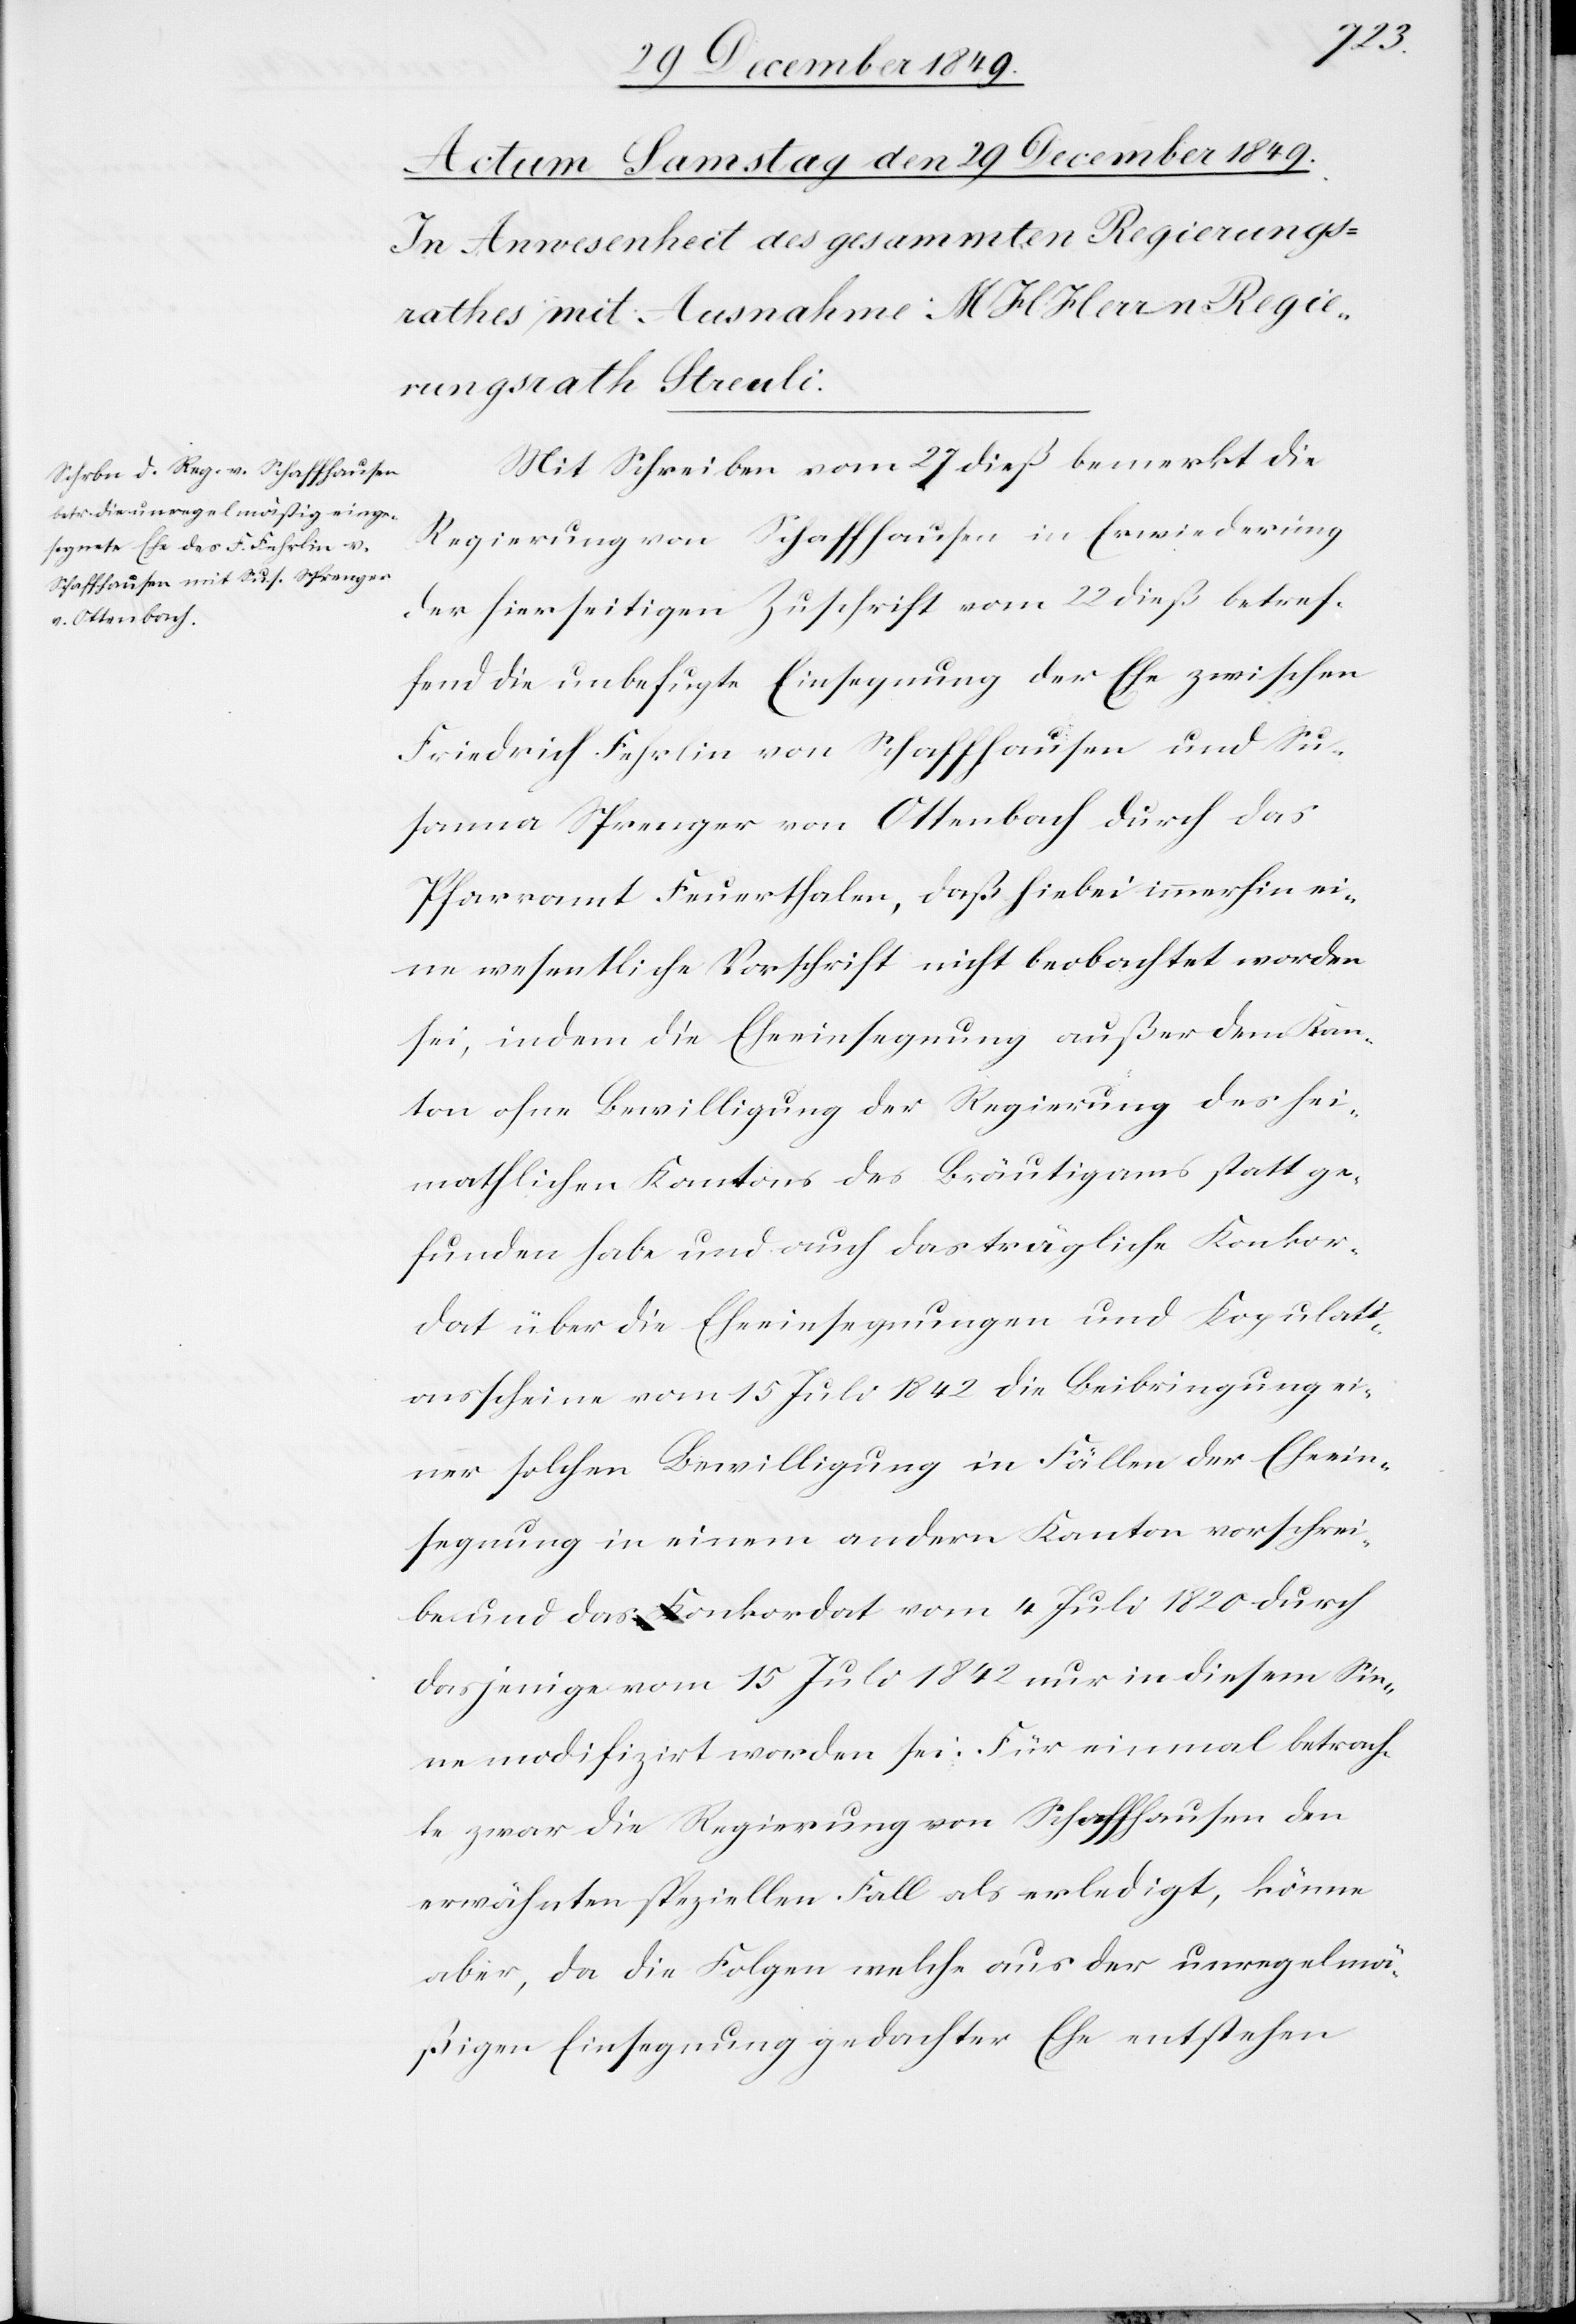
Mit Schreiben vom 27 dieß bemerkt die
Regierung von Schaffhausen in Erwiederung
der hierseitigen Zuschrift vom 22 dieß betref¬
fend die unbefugte Einsegnung der Ehe zwischen
Friedrich Fehrlin von Schaffhausen und Su¬
sanna Sprenger von Ottenbach durch das
Pfarramt Feuerthalen, daß hiebei immerhin ei¬
ne wesentliche Vorschrift nicht beobachtet worden
sei, indem die Eheeinsegnung außer dem Kan¬
ton ohne Bewilligung der Regierung des hei¬
matlichen Kantons des Bräutigams statt ge¬
funden habe und auch das trägliche Konkor¬
dat über die Eheeinsegnungen und Kopulati¬
onsscheine vom 15 Juli 1842 die Beibringung ei¬
ner solchen Bewilligung in Fällen der Eheein¬
segnung in einem andern Kanton vorschrei¬
ben und das Konkordat vom 4 Juli 1820 durch
dasjenige vom 15 Juli 1842 nur in diesem Sin¬
ne modifizirt worden sei. Für einmal betrach¬
tet zwar die Regierung von Schaffhausen den
erwähnten speziellen Fall als erledigt, könne
aber, da die Folgen welche aus der unregelmä¬
ßigen Einsegnung gedachter Ehe entstehen